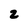
Character: 2